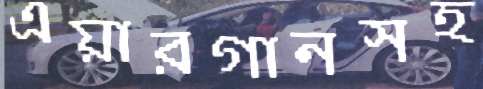
এয়ারগানসহ